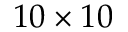
1 0 \times 1 0